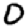
Digit: 0